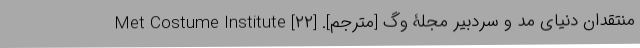
منتقدان دنیای مد و سردبیر مجلۀ وگ [مترجم]. [۲۲] Met Costume Institute